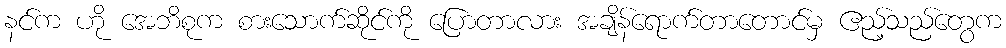
နင်က ဟို အေဘိစုက စားသောက်ဆိုင်ကို ပြောတာလား အချိန်ရောက်တာတောင်မှ ဧည့်သည်တွေက